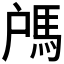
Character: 𩢉